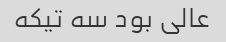
عالی بود سه تیکه